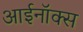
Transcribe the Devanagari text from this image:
आईनॉक्स